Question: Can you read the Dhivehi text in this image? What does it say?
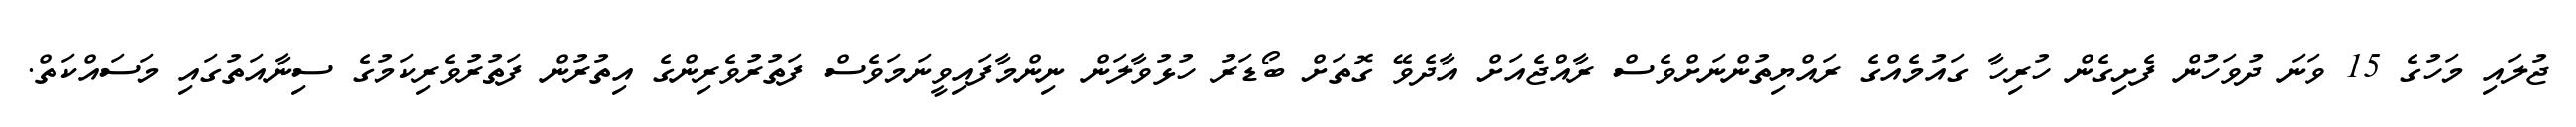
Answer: ޖުލައި މަހުގެ 15 ވަނަ ދުވަހުން ފެށިގެން ހުރިހާ ގައުމެއްގެ ރައްޔިތުންނަށްވެސް ރާއްޖެއަށް އާދެވޭ ގޮތަށް ބޯޑަރު ހުޅުވާލަން ނިންމާފައިވީނަމަވެސް ފަތުރުވެރިންގެ އިތުރުން ފަތުރުވެރިކަމުގެ ސިނާއަތުގައި މަސައްކަތް.